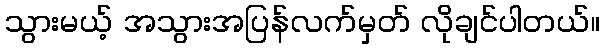
သွားမယ့် အသွားအပြန်လက်မှတ် လိုချင်ပါတယ်။